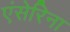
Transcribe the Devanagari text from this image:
एंसेरिना